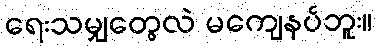
ရေးသမျှတွေလဲ မကျေနပ်ဘူး။